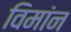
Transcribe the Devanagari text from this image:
विमांन